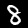
Label: 8